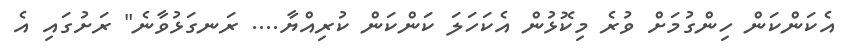
އެކަންކަން ހިންގުމަށް ވުރެ މިކޮޅުން އެކަހަލަ ކަންކަން ކުރިއްޔާ.... ރަނގަޅުވާނެ" ރަށުގައި އެ